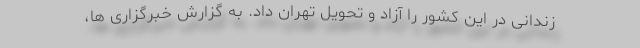
زندانی در این کشور را آزاد و تحویل تهران داد. به گزارش خبرگزاری ها،